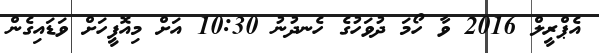
އެޕްރީލް 2016 ވާ ހޯމަ ދުވަހުގެ ހެނދުނު 10:30 އަށް މިއޮފީހަށް ވަޑައިގެން